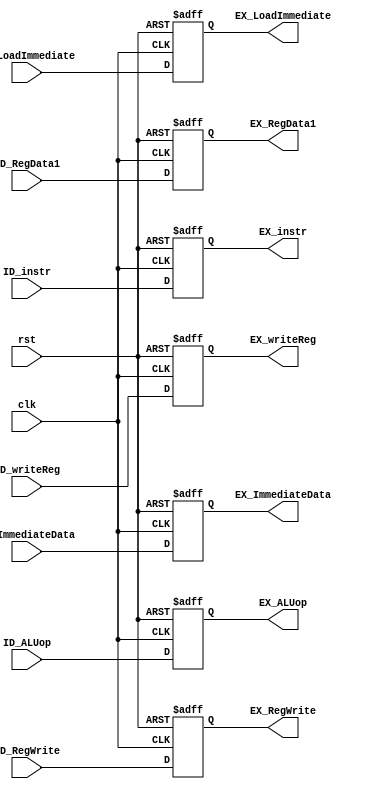
`timescale 1ns / 1ps
//////////////////////////////////////////////////////////////////////////////////
// Company: 
// Engineer: 
// 
// Design Name: 
// Module Name:    ID_EX 
// Project Name: 
// Target Devices: 
// Tool versions: 
// Description: 
//
// Dependencies: 
//
// Revision: 
// Revision 0.01 - File Created
// Additional Comments: 
//
//////////////////////////////////////////////////////////////////////////////////
module ID_EX(
	input wire clk, rst,
	input wire [7:0] ID_instr,
	input wire [3:0] ID_ALUop, 
	input wire ID_RegWrite, ID_LoadImmediate,
	input wire [7:0] ID_RegData1,
	input wire [2:0] ID_writeReg, 
	input wire [7:0] ID_ImmediateData,
	output reg [3:0] EX_ALUop, 
	output reg EX_RegWrite, EX_LoadImmediate,
	output reg [7:0] EX_RegData1,
	output reg [2:0] EX_writeReg,
	output reg [7:0] EX_ImmediateData,
	output reg [7:0] EX_instr
    );
	 
	 always @(posedge clk, negedge rst) begin
		if(!rst) begin
			EX_ALUop <= 0;
			EX_RegWrite <= 0;
			EX_RegData1 <= 0;
			EX_writeReg <= 0;
			EX_LoadImmediate <= 0;
			EX_ImmediateData <= 0;
			EX_instr <= 0;
		end
		else begin
			EX_ALUop <= ID_ALUop;
			EX_RegWrite <= ID_RegWrite;
			EX_RegData1 <= ID_RegData1;
			EX_writeReg <= ID_writeReg;
			EX_LoadImmediate <= ID_LoadImmediate;
			EX_ImmediateData <= ID_ImmediateData;
			EX_instr <= ID_instr;
		end
	 end


endmodule